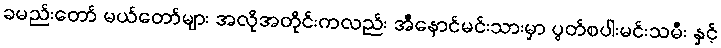
ခမည်းတော် မယ်တော်များ အလိုအတိုင်းကလည်း အီနောင်မင်းသားမှာ ပွတ်စပါးမင်းသမီး နှင့်